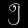
Digit: ၅